Lunatic asylums in Bengal annual reports 1888-1898 - 1888-1898
Year: 1888
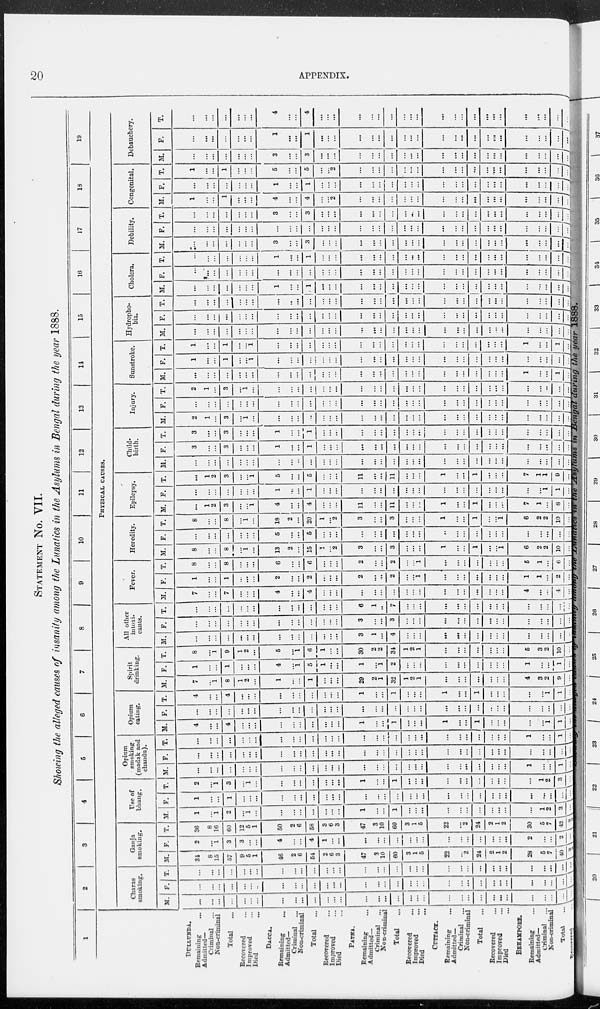
20
APPENDIX.
STATEMENT No. VII.
Showing the alleged causes of insanity among the Lunatics in the Asylums in Bengal during the year 1888.
1
DULLUNDA.
Remaining ...
Admitted—
Criminal ...
Non-criminal
Total ...
Recovered ...
Improved ...
Died
...
DACCA.
Remaining ...
Admitted—
Criminal ...
Non-criminal
Total ...
Recovered ...
Improved ...
Died
...
PATNA.
Remaining ...
Admitted—
Criminal ...
Non-criminal
Total ...
Recovered ...
Improved ...
Died
...
CUTTACK.
Remaining
...
Admitted—
Criminal ...
Non-criminal
Total ...
Recovered ...
Improved
...
Died ...
BEHAMPORE.
Remaining ...
Admitted—
Criminal ...
Non-criminal
Total ...
Recovered ...
2
3
4
6
6
7
8 9 10
11
12
13
14
15
16
17
18
19
PHYSICAL CAUSES.
Charas
smoking.
M.
...
...
...
...
...
...
...
...
...
...
...
...
...
...
...
... ...
...
...
...
...
...
...
...
...
...
...
...
...
...
...
...
...
F.
...
...
...
...
...
...
..
...
...
...
...
...
...
...
...
...
...
...
...
...
...
...
...
...
...
...
...
...
...
... ...
...
...
T.
...
...
...
...
...
...
...
...
...
...
...
...
...
...
...
...
...
...
...
...
...
...
...
...
...
...
...
...
...
...
...
...
Ganja
smoking.
M.
34
8
15
57
9
5
1
46
2
6
54
2
6
3
47
3
10
60
3
1
5
22
...
2
24
2
1
2
28
5
7
40
2
F.
2
...
1
3
3
...
...
4
...
...
4
1
...
...
...
...
...
...
...
...
...
...
...
...
...
...
...
...
2
... ...
2
...
T.
36
8
16
60
12
5
1
50
2
6
58
3
6
3
47
3
10
60
3
1
5
22
...
2
24
2
1
2
30
5
7
42 2
Use of
bhang.
M.
1
...
1
2
...
1
...
...
...
...
...
...
...
...
1
...
...
1
...
...
...
...
...
...
...
...
...
...
...
1
2
3
...
F.
1
...
...
1
...
...
...
...
...
...
...
...
...
...
...
...
...
...
...
...
...
...
...
...
...
...
...
...
...
... ...
...
...
T.
2
...
1
3
...
1
...
...
...
...
...
...
...
...
1
...
...
1
...
... ...
...
...
...
...
...
...
...
...
1
2
3
...
Opium
smoking
(madak and
chandu).
M.
...
...
...
...
...
...
...
...
...
...
...
...
...
...
...
...
...
...
...
... ...
...
...
...
...
...
...
...
1
...
...
1
...
F.
...
...
...
...
...
...
...
...
...
...
...
...
...
...
...
...
...
...
...
... ...
...
...
...
...
...
...
...
...
... ...
...
...
T.
...
...
...
...
...
...
...
...
...
...
...
...
...
...
...
...
...
...
... ...
...
...
...
...
...
...
...
1
...
...
1
...
Opium
eating.
M.
4
...
...
4
...
...
...
...
...
...
...
...
...
...
1
...
...
1
...
...
...
1
...
...
1
...
...
...
...
...
1
1
...
F.
...
...
...
...
...
...
...
...
...
...
...
...
...
...
...
...
...
...
...
...
...
...
...
...
...
..
...
...
...
...
...
...
...
T.
4
...
...
4
...
...
...
...
...
...
...
...
...
...
1
...
...
1
...
...
...
1
...
...
1
...
...
...
...
...
1
1
...
Spirit
drinking.
M.
7
...
1
8
1
2
...
1
...
...
1
...
...
...
29
2
1
32
1
2
1
...
...
...
...
...
...
...
4
3
2
9
...
F.
1
...
...
1
...
...
...
4
...
1
5
1
...
...
1
...
1
2
...
...
...
...
...
...
...
...
...
...
1
...
...
1
...
T.
8
...
1
9
1
2
...
5
...
1
6
1
...
...
30
2
2
34
1
2
1
...
...
...
...
...
...
...
5
3
2
10
...
All other
intoxi-
cants.
M.
...
...
...
...
...
...
...
...
...
...
...
...
...
...
3
1
...
4
...
...
...
...
...
...
...
...
...
...
...
...
...
...
..
F.
...
...
...
...
...
...
...
...
...
...
...
...
...
...
3
...
...
3
...
...
...
...
...
...
...
...
...
...
...
...
...
...
...
T.
...
...
...
...
...
...
...
...
...
...
...
...
...
...
6
1
...
7
...
...
...
...
...
...
...
...
...
...
...
...
...
...
...
Fever.
M.
7
...
...
7
...
...
...
4
...
...
4
...
...
...
...
...
...
...
...
...
...
...
...
...
...
...
...
...
4
...
...
4
...
F.
1
...
...
1
...
...
...
2
...
...
2
...
...
...
2
...
...
2
...
...
1
...
...
...
...
...
...
...
1
1
...
2
...
T.
8
...
...
8
...
...
...
6
...
...
6
...
...
...
2
...
...
2
...
1
...
...
...
...
...
...
...
5
1
...
6
...
Heredity.
M.
8
...
...
8
...
1
...
13
2
...
15
1
...
2
3
...
...
3
...
...
...
1
...
...
1
...
...
1
6
... 2
10
...
F.
...
...
...
...
...
...
...
5
...
...
5
...
...
...
...
...
...
...
...
...
...
...
...
...
...
...
...
...
...
...
...
...
...
T.
8
...
...
8
...
1
...
18
2
...
20
1
...
2
3
...
...
3
...
...
...
1
...
...
1
...
1
6
2
2
10
...
Epilepsy.
M.
...
1
2
3
...
...
1
4
...
...
4
...
...
...
11
...
...
11
...
...
...
1
...
...
1
...
...
...
7
1
...
8
...
F.
...
...
...
...
...
...
...
1
...
...
1
...
...
...
...
...
...
...
...
...
...
...
...
...
...
...
...
...
...
...
1
1
...
T.
...
1
2
3
...
... 1
5
...
...
5
...
...
...
11
...
...
11
...
...
...
1
...
...
1
...
...
...
7
1
1
9
...
Child-
birth.
M.
...
...
...
...
...
...
...
...
...
...
...
...
...
...
...
...
...
...
...
...
...
...
...
...
...
...
...
...
...
...
...
...
...
F.
3
...
...
3
...
...
...
1
...
...
1
...
...
...
...
...
...
...
...
... ...
...
...
...
...
...
...
...
...
...
...
...
...
T.
3
...
...
3
...
...
...
1
...
...
1
...
...
...
...
...
...
...
...
... ...
...
...
...
...
...
...
...
...
...
...
...
...
Injury.
M.
2
1
...
3
...
1
...
...
...
...
...
...
...
...
...
...
...
...
...
...
...
...
...
...
...
...
...
...
...
...
...
...
...
F.
...
...
...
...
...
...
...
...
...
...
...
...
...
...
...
...
...
...
...
... ...
...
...
...
...
...
...
...
...
...
...
...
...
T.
2
1
...
3
...
1
...
...
...
...
...
...
...
...
...
...
...
...
...
... ...
...
...
...
...
...
...
...
...
...
...
...
...
Sunstroke.
M.
...
...
...
...
...
...
...
...
...
...
...
...
...
...
...
...
...
...
...
...
...
...
...
...
...
...
...
...
1
...
...
1
...
F.
1
...
...
1
...
... 1
...
...
...
...
...
...
...
...
...
...
...
...
... ...
...
...
...
...
...
...
...
...
...
...
...
...
T.
1
...
...
1
...
... 1
...
...
...
...
...
...
...
...
...
...
...
...
...
...
...
...
...
...
...
...
1
...
...
1
...
Hydropho-
bia.
M.
...
...
...
...
...
...
...
...
...
...
...
...
...
...
...
...
...
...
...
... ...
...
...
...
...
...
...
...
...
...
...
...
...
F.
...
...
...
...
...
...
...
...
...
...
...
...
...
...
...
...
...
...
...
... ...
...
...
...
...
...
...
...
...
...
...
...
...
T.
...
...
...
...
...
...
...
...
...
...
...
...
...
...
...
...
...
...
...
...
...
...
...
...
...
...
...
...
...
... ...
...
...
Cholera.
M.
...
...
...
...
...
...
...
1
...
...
1
...
...
...
...
...
...
...
...
...
...
...
...
...
...
...
...
...
...
...
...
...
...
F.
...
...
...
...
...
...
...
...
...
...
...
...
...
...
...
...
...
...
...
... ...
...
...
...
...
...
...
...
...
...
...
...
...
T.
...
...
...
...
...
...
...
1
...
...
1
...
...
...
...
...
...
...
...
... ...
...
...
...
...
...
...
...
...
...
...
...
...
Debility.
M.
...
...
...
...
...
...
...
3
...
...
3
...
...
...
...
...
...
...
...
...
...
...
...
...
...
...
...
...
...
...
...
...
...
F.
...
...
...
...
...
...
...
...
...
...
...
...
...
...
...
...
...
...
...
...
...
...
...
...
...
...
...
...
...
...
...
...
...
T.
...
...
...
...
...
...
...
3
...
...
3
...
...
...
...
...
...
...
...
...
...
...
...
...
...
...
...
...
...
... ...
...
...
Congenital.
M.
1
...
...
1
...
...
...
4
...
...
4
...
...
2
...
...
...
...
...
...
...
...
...
...
...
...
...
...
...
...
...
...
...
F.
...
...
...
...
...
...
...
1
...
...
1
...
...
...
...
...
...
...
...
... ...
...
...
...
...
...
...
...
...
...
...
...
...
T.
1
...
...
1
...
...
...
5
...
...
5
...
... 2
...
...
...
...
...
...
...
...
...
...
...
...
...
...
...
...
...
...
...
Debauchery.
M.
...
...
...
...
...
...
...
3
...
...
3
...
...
...
...
...
...
...
...
... ...
...
...
...
...
...
...
...
...
... ...
...
...
F.
...
...
...
...
...
... ...
1
...
...
1
...
... ...
...
...
...
...
...
...
...
...
...
...
...
...
...
...
...
... ...
...
...
T.
...
...
...
...
...
...
...
4
...
...
4
...
...
...
...
...
...
...
...
...
...
...
...
...
...
...
...
...
...
...
...
...
...